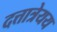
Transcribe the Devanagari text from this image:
दत्तात्रेयय